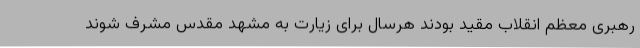
رهبری معظم انقلاب مقید بودند هرسال برای زیارت به مشهد مقدس مشرف شوند